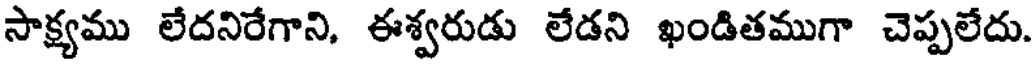
సాక్ష్యము లేదనిరేగాని, ఈశ్వరుడు లేడని ఖండితముగా చెప్పలేదు.